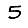
Digit: 5